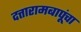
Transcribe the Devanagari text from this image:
दत्तारामबापूंचा